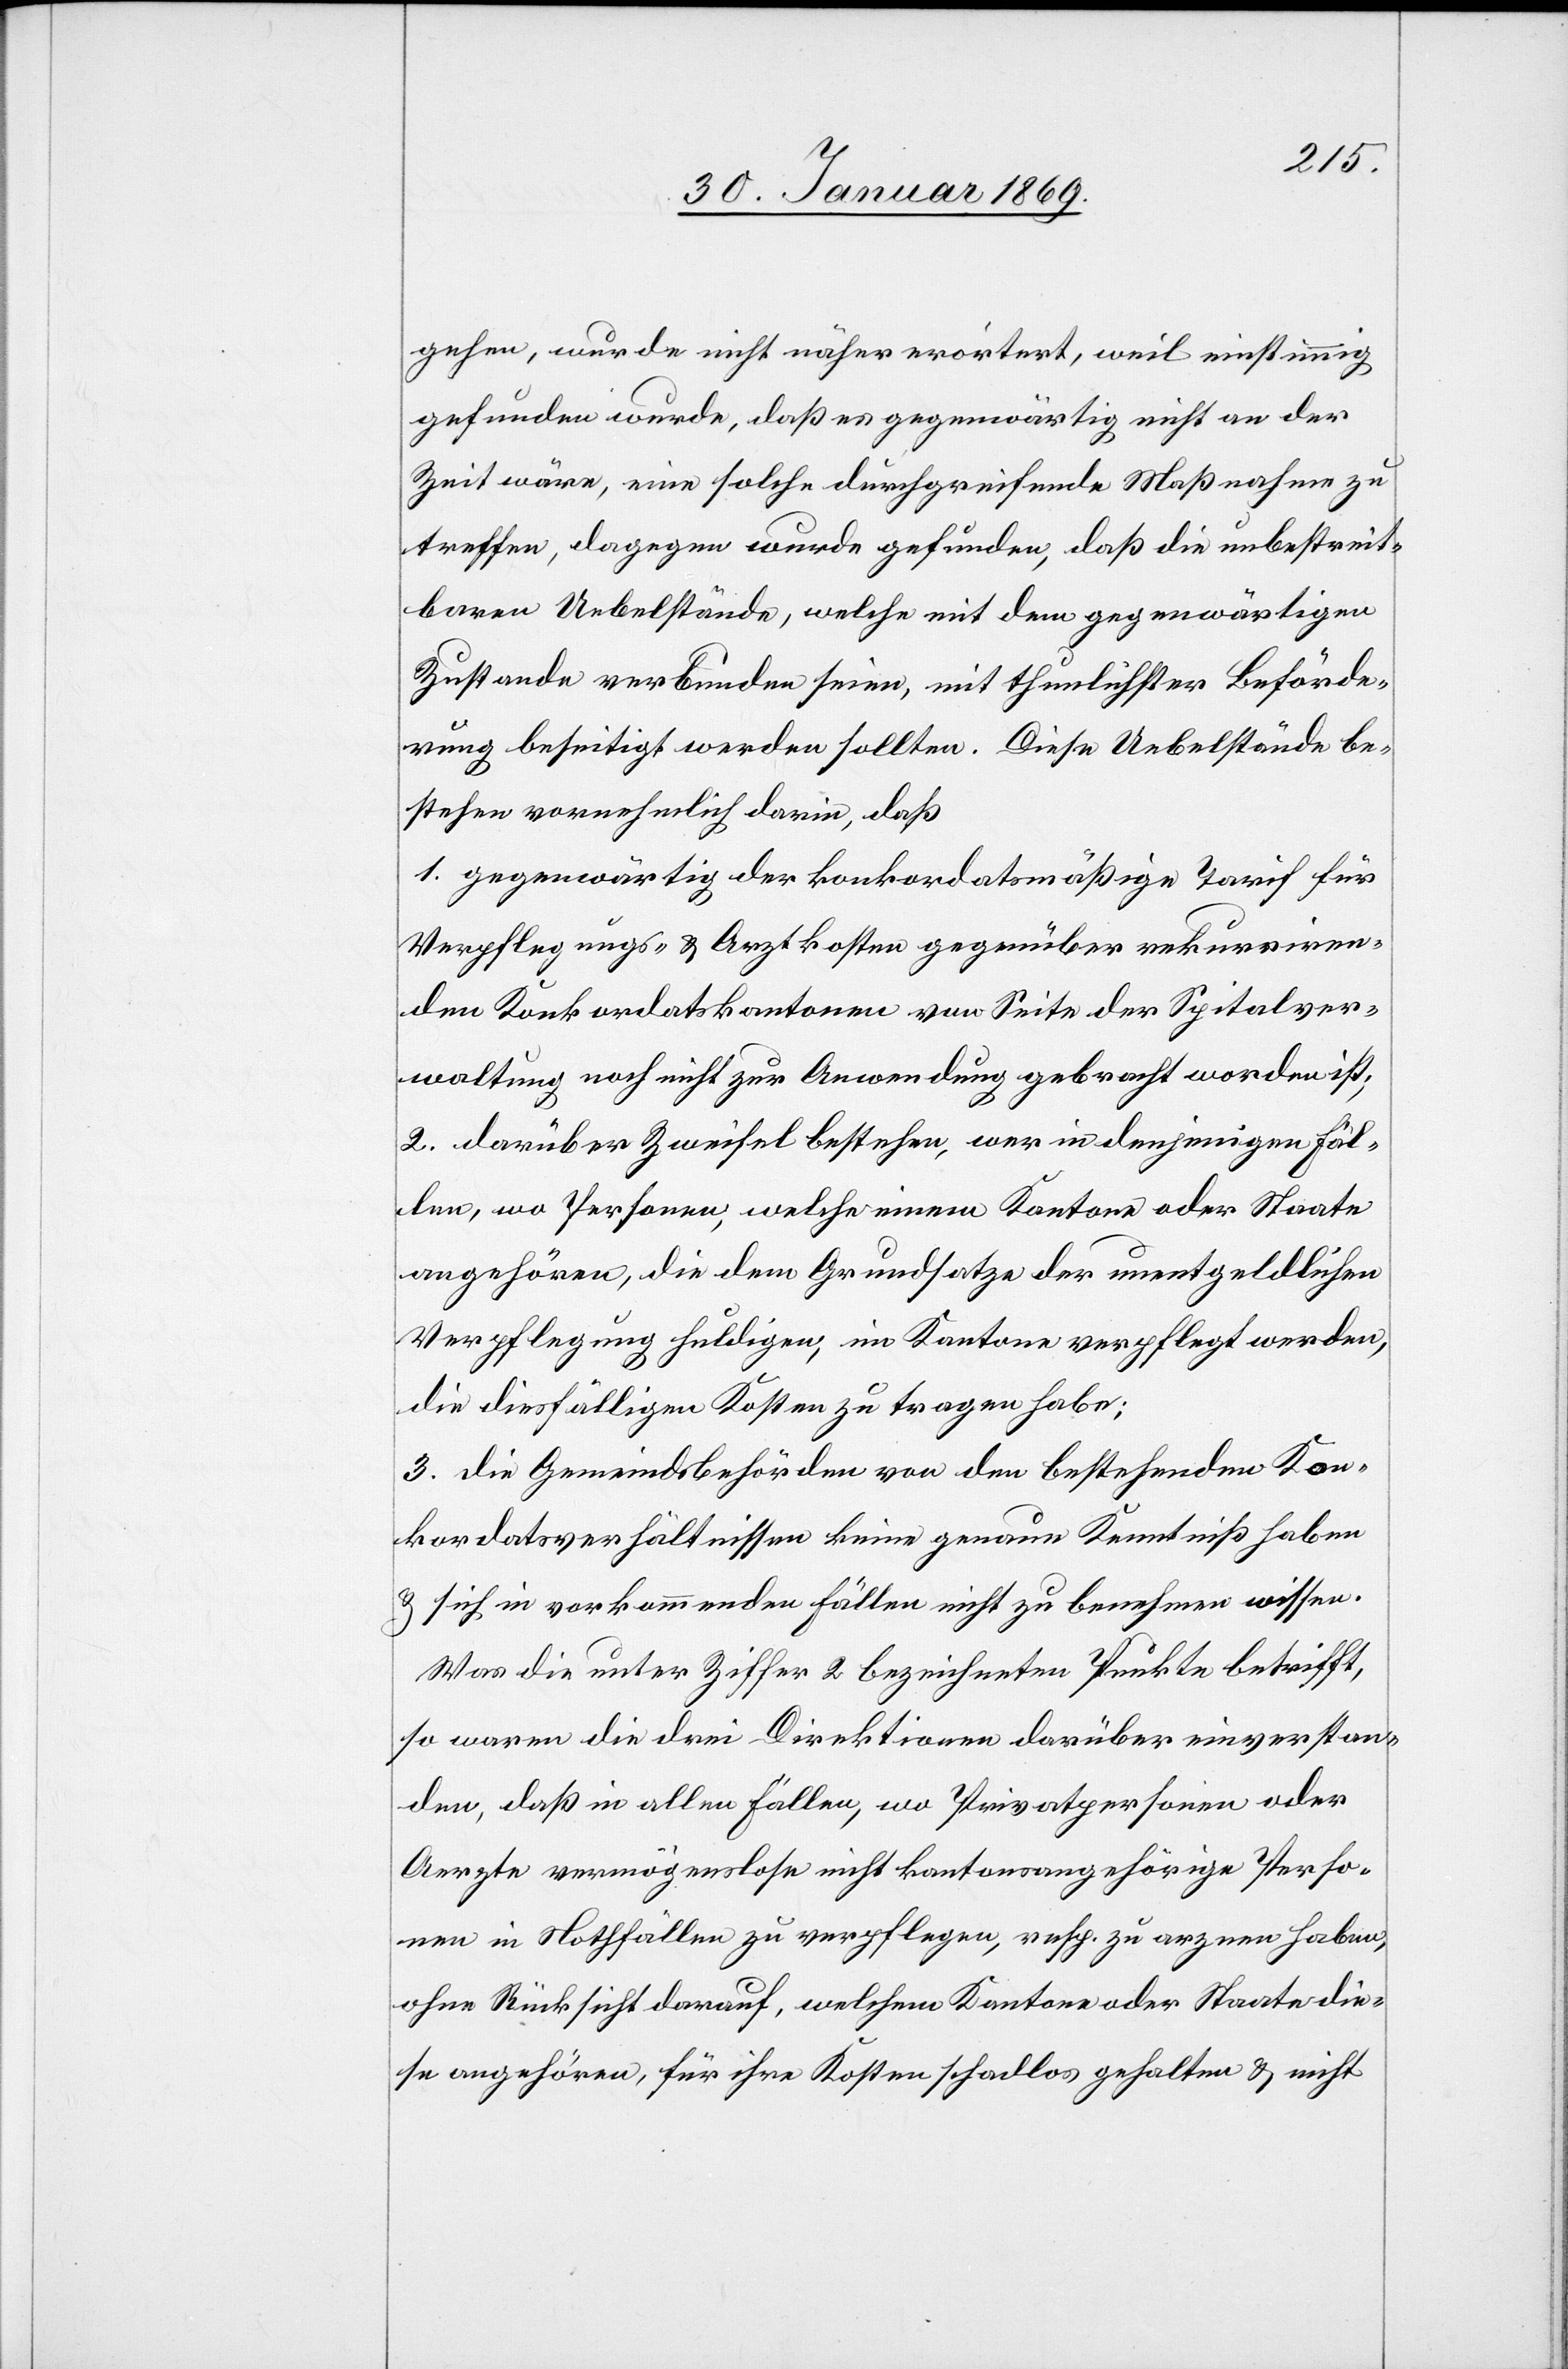
gehen, wurde nicht näher erörtert, weil nicht
gefunden wurde, daß es gegenwärtig nicht an der
Zeit wäre, eine solche durchgreifende Maßnahme zu
treffen, dagegen wurde gefunden, daß die unbestreit¬
baren Uebelstände, welche mit dem gegenwärtigen
Zustande verbunden seien, mit thunlichster Beförde¬
rung beseitigt werden sollten. Diese Uebelstände be¬
stehen vornehmlich darin, daß
1. gegenwärtig der konkordatsmäßige Tarif für
Verpflegungs- & Arztkosten gegenüber rekurriren¬
den Konkordatskantonen von Seite der Spitalver¬
waltung noch nicht zu Anwendung gebracht worden ist;
2. darüber Zweifel bestehen, wer in denjenigen Fäl¬
len, wo Personen, welche einem Kantone oder Staate
angehören, die dem Grundsatze der unentgeldlichen
Verpflegung huldigen, im Kanton verpflegt werden,
die diesfälligen Kosten zu tragen habe;
3. die Gemeindsbehörden von den bestehenden Kon¬
kordatsverhältnissen keine genaue Kenntniß haben
& sich in vorkommenden Fällen nicht zu benehmen wissen.
Was die unter Ziffer 2 bezeichneten Punkte betrifft,
so waren die drei Direktionen darüber einverstan¬
den, daß in allen Fällen, wo Privatpersonen oder
Aerzte vermögenslose nicht kantonsangehörige Perso¬
nen in Nothfällen zu verpflegen, resp. zu arznen haben,
ohne Rücksicht darauf, welchem Kantone oder Staate die¬
se angehören, für ihre Kosten schadlos gehalten & nicht